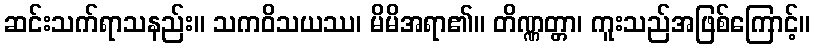
ဆင်းသက်ရာသနည်း။ သကဝိသယဿ၊ မိမိအရာ၏။ တိဏ္ဏတ္တာ၊ ကူးသည်အဖြစ်ကြောင့်။